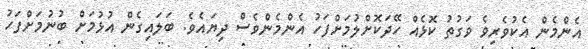
އެންމެން އެކުވެރިވެ ވަގުތު ކޮޅެއް ހޭދަކޮށްލުމަށްފަހު އެންމެންވެސް ދިޔައެވެ. ބަލައިގެން އުޅުމަށް ބުނުމަށްފަހު